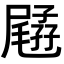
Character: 𡦥